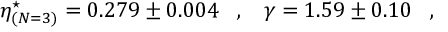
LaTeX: \eta _ { ( N = 3 ) } ^ { \star } = 0 . 2 7 9 \pm 0 . 0 0 4 \, \, \, \, \, , \, \, \, \, \, \gamma = 1 . 5 9 \pm 0 . 1 0 \, \, \, \, \, , \, \, \, \, \,